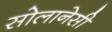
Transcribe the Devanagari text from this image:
सोलानेसी